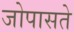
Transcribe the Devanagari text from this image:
जोपासते